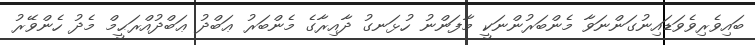
ބައިވެރިވެވަޑައިނުގަންނަވާ މެންބަރުންނަކީ މާފަންނު ހުޅަނގު ދާއިރާގެ މެންބަރު ޢަބްދު ޢަބްދުއްރަޙީމް މެދު ހެންވޭރު